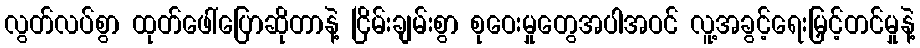
လွတ်လပ်စွာ ထုတ်ဖေါ်ပြောဆိုတာနဲ့ ငြိမ်းချမ်းစွာ စုဝေးမှုတွေအပါအဝင် လူ့အခွင့်ရေးမြှင့်တင်မှုနဲ့